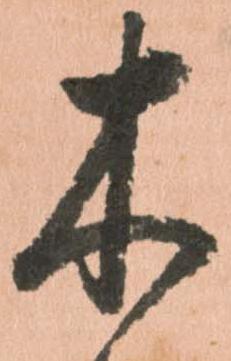
木